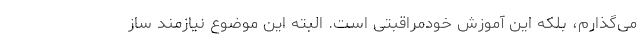
می‌گذارم، بلکه این آموزش خودمراقبتی است. البته این موضوع نیازمند ساز